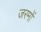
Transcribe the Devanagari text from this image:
जरमों